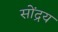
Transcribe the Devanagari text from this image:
सोंद्रय